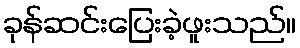
ခုန်ဆင်းပြေးခဲ့ဖူးသည်။